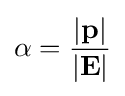
\alpha ={\frac {|\mathbf {p} |}{|\mathbf {E} |}}